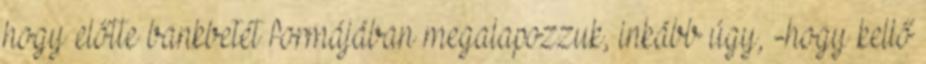
hogy előtte bankbetét formájában megalapozzuk, inkább úgy, -hogy kellő